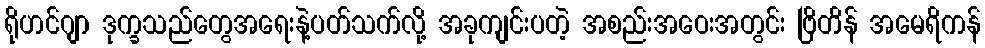
ရိုဟင်ဂျာ ဒုက္ခသည်တွေအရေးနဲ့ပတ်သက်လို့ အခုကျင်းပတဲ့ အစည်းအဝေးအတွင်း ဗြိတိန် အမေရိကန်